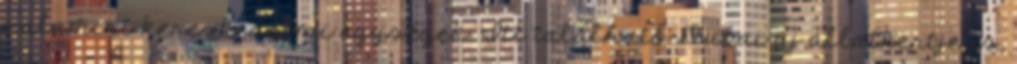
valamint kereskedelmi egységek. Itt található Dubai új állatkertje is,